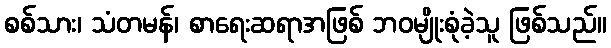
စစ်သား၊ သံတမန်၊ စာရေးဆရာအဖြစ် ဘဝမျိုးစုံခဲ့သူ ဖြစ်သည်။